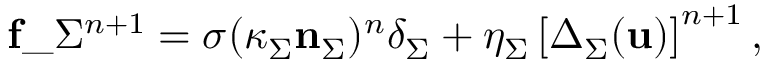
\mathbf { f } \_ { \Sigma } ^ { n + 1 } = \sigma ( \kappa _ { \Sigma } \mathbf { n } _ { \Sigma } ) ^ { n } \delta _ { \Sigma } + \eta _ { \Sigma } \left[ \Delta _ { \Sigma } ( \mathbf { u } ) \right] ^ { n + 1 } ,